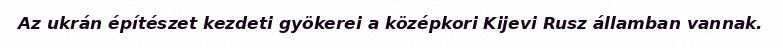
Az ukrán építészet kezdeti gyökerei a középkori Kijevi Rusz államban vannak.